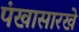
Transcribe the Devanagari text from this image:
पंखासारखे